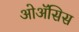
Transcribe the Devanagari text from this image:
ओॲसिस